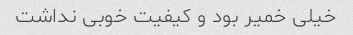
خیلی خمیر بود و کیفیت خوبی نداشت